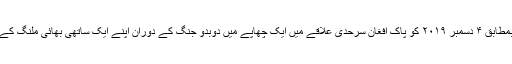
محترم مولانا صاحب۷ ربیع الثانی ۱۴۴۱ بمطابق ۴ دسمبر ۲۰۱۹ کو پاک افغان سرحدی علاقے میں ایک چھاپے میں دوبدو جنگ کے دوران اپنے ایک ساتھی بھائی ملنگ کے ساتھ شہادت کے اعلی مقام پر فائز ہوئے۔